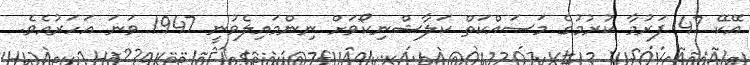
އޭކޭ 47 ފަރުމާ ކުރުމުގެ މަސައްކަތް ކަލާޝްނިކޯވަށް ނިންމައިލެވުނީ 1947 ވަނަ އަހަރުއެވެ.